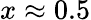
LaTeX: x\approx 0.5